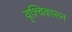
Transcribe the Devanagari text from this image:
वृश्चिकासन